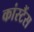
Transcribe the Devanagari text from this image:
कांस्टैंस